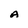
Character: A